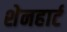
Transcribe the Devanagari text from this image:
शेनहार्ट